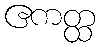
ဧကတ္ထ